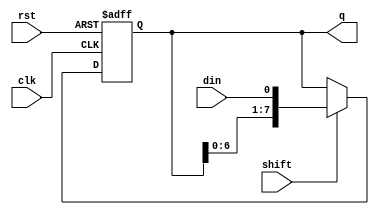
module shift(clk,rst,din,shift,q);
input clk,rst,din,shift;
output reg [7:0] q;

always @ (posedge clk or posedge rst) begin
  if (rst) 
    q <= 8'b0;
  else begin
    if (shift) 
      q <= {q[6:0], din};
  end
end
endmodule